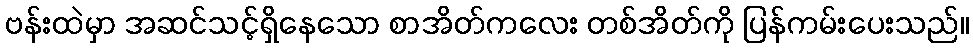
ဗန်းထဲမှာ အဆင်သင့်ရှိနေသော စာအိတ်ကလေး တစ်အိတ်ကို ပြန်ကမ်းပေးသည်။